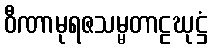
ဝီဏာမုရဇသမ္မတာဠဃုဋ္ဌံ